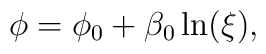
\phi = \phi_{0} + \beta_{0}\ln(\xi),